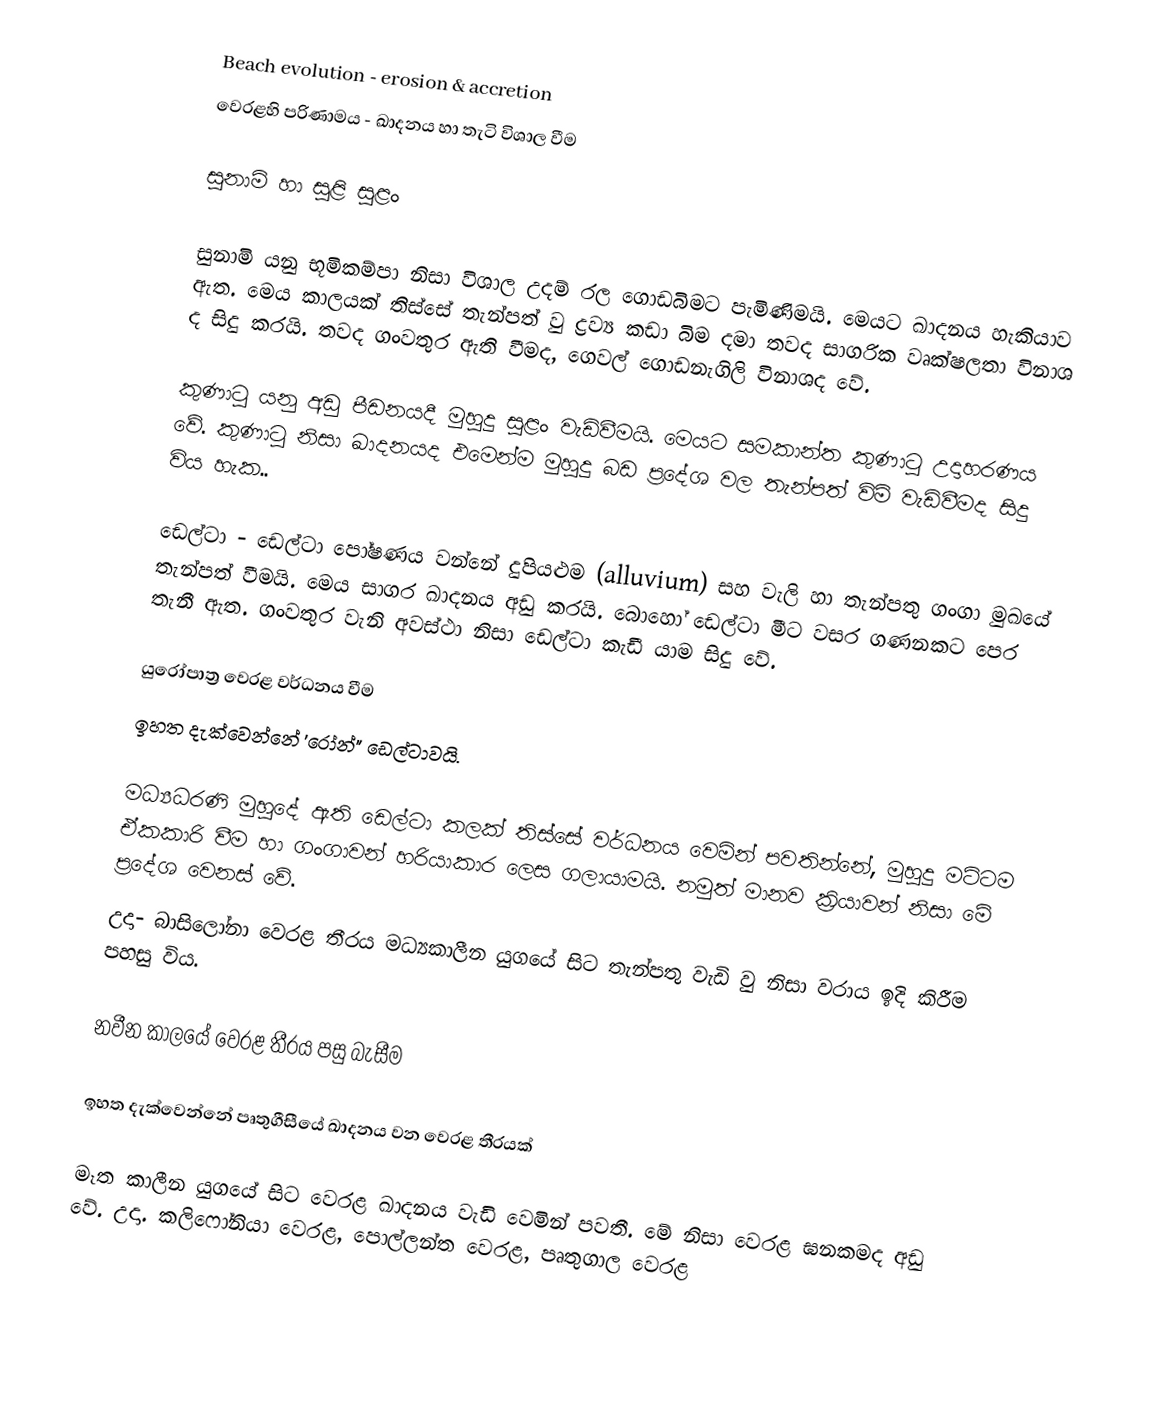
Beach evolution - erosion & accretion
වෙරළහි පරිණාමය - ඛාදනය හා තැ‍ටි විශාල වීම

සුනාමි හා සුළි සුළං

	සුනාමි යනු භූමිකම්පා නිසා විශාල උදම් රල ගොඩබිමට පැමිණිමයි. මෙයට ඛාදනය හැකියාව ඇත. මෙය කාලයක් තිස්සේ තැන්පත් වු ද්‍රව්‍ය කඩා බිම දමා තවද සාගරික වෘක්ෂලතා විනාශ ද සිදු කරයි. තවද ගංවතුර ඇති වීමද, ‍ගෙවල් ගොඩනැගිලි විනාශද වේ.

	කුණාටු යනු අඩු පීඩනයදී මුහුදු සුළං වැඩිවීමයි. මෙයට සමකාන්ත කුණාටු උදාහරණය වේ. කුණාටු නිසා ඛාදනයද එමෙන්ම මුහුදු බඩ ප්‍රදේශ වල තැන්පත් විම් වැඩිවීමද සිදු විය හැක..

ඩෙල්ටා - ඩෙල්ටා පෝෂණය වන්නේ දුපියළුම (alluvium) සහ වැලි හා තැන්පතු ගංගා මුඛයේ තැන්පත් වීමයි. මෙය සාගර ඛාදනය අඩු කරයි. බොහෝ ඩෙල්ටා මීට වසර ගණනකට පෙර තැනී ඇත. ගංවතුර වැනි අවස්ථා නිසා ඩෙල්ටා කැඩී යාම සිදු වේ.

යුරෝපාත්‍ර ‍වෙරළ වර්ධනය වීම
ඉහත දැක්වෙන්නේ 'රෝන්" ඩෙල්ටාවයි.

	මධ්‍යධරණි මුහුදේ ඇති ඩෙල්ටා කලක් තිස්සේ වර්ධනය වෙමින් පවතින්නේ, මුහුදු මට්ටම ඒකකාරි වීම හා ගංගාවන් හරියාකාර ලෙස ගලායාමයි. නමුත් මානව ක්‍රියාවන් නිසා මේ ප්‍රදේශ වෙනස් වේ.
	උදා- බාසිලෝනා වෙරළ තීරය මධ්‍යකාලීන යුගයේ සිට තැන්පතු වැඩි වු නිසා වරාය ඉදි කිරීම පහසු විය.

නවීන කාලයේ වෙරළ තීරය පසු බැසීම

ඉහත දැක්වෙන්නේ පෘතුගීසීයේ ඛාදනය වන ‍වෙරළ තීරයක්

	මෑත කාලීන යුගයේ සිට වෙරළ ඛාදනය වැඩි වෙමින් පවතී. මේ නිසා වෙරළ ඝනකමද අඩු වේ. උදා. කලිෆෝනියා වෙරළ, පොල්ලන්ත වෙරළ, පෘතුගාල වෙරළ